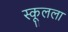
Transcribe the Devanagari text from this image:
स्कूलला